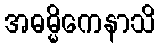
အဓမ္မိကေနာသိ